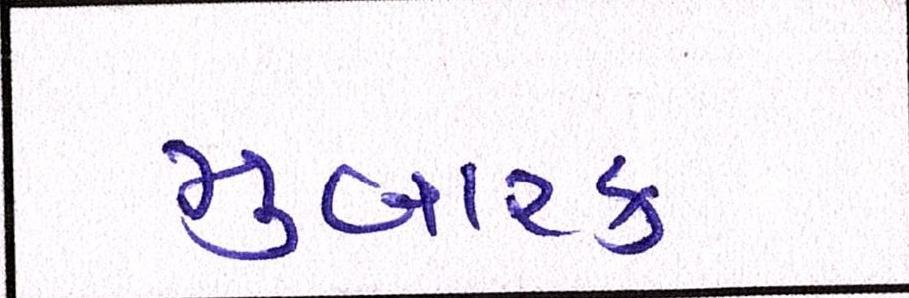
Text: મુબારક